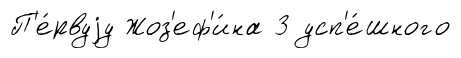
П'е́рвуjу Жоз'еф'и́на 3 усп'е́шного